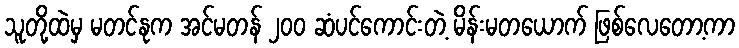
သူတို့ထဲမှ မတင်နုက အင်မတန် ၂၀၀ ဆံပင်ကောင်းတဲ့ မိန်းမတယောက် ဖြစ်လေတော့ကာ